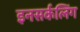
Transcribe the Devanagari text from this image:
इनसर्कलिंग